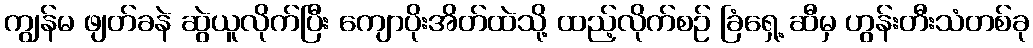
ကျွန်မ ဖျတ်ခနဲ ဆွဲယူလိုက်ပြီး ကျောပိုးအိတ်ထဲသို့ ထည့်လိုက်စဉ် ခြံရှေ့ ဆီမှ ဟွန်းတီးသံတစ်ခု